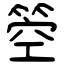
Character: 箜